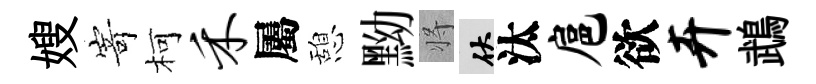
嫂𭔃柯禾屬憩黝将伏汰扈欲卉鵡